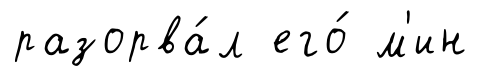
разорва́л его́ м'ин